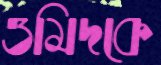
ওমিদকে